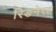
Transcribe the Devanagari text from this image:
रिङनेरह